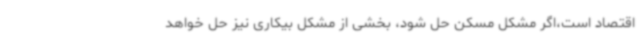
اقتصاد است،اگر مشکل مسکن حل شود، بخشی از مشکل بیکاری نیز حل خواهد